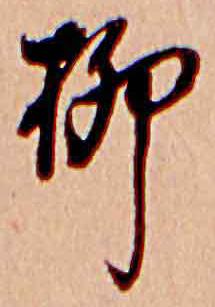
柳